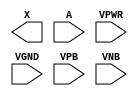
module sky130_fd_sc_lp__dlygate4s18 (
    X   ,
    A   ,
    VPWR,
    VGND,
    VPB ,
    VNB
);

    output X   ;
    input  A   ;
    input  VPWR;
    input  VGND;
    input  VPB ;
    input  VNB ;
endmodule